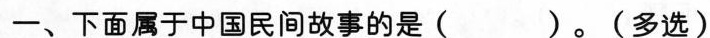
一、下面属于中国民间故事的是( )。(多选)